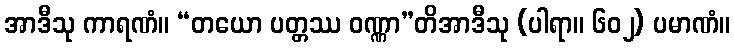
အာဒီသု ကာရဏံ။ “တယော ပတ္တဿ ဝဏ္ဏာ”တိအာဒီသု (ပါရာ။ ၆၀၂) ပမာဏံ။